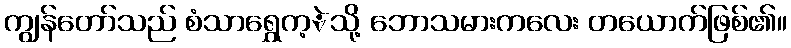
ကျွန်တော်သည် စံသာရွှေက့ဲသို့ ဘောသမားကလေး တယောက်ဖြစ်၏။